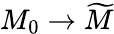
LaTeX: M_{0}\to{\widetilde{M}}